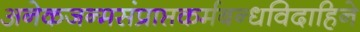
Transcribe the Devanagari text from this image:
अनेकजन्मसंप्राप्तकर्मबन्धविदाहिने